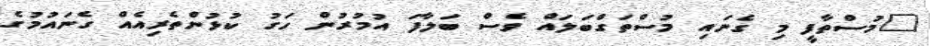
"މުސްތާފީ މި ގެނައި މުސްތަގްބަލައް ވެސް ބަލާފަ އުމުރުން ހަގު ކުޅުންތެރިއެއް ގެނައުމުގެ